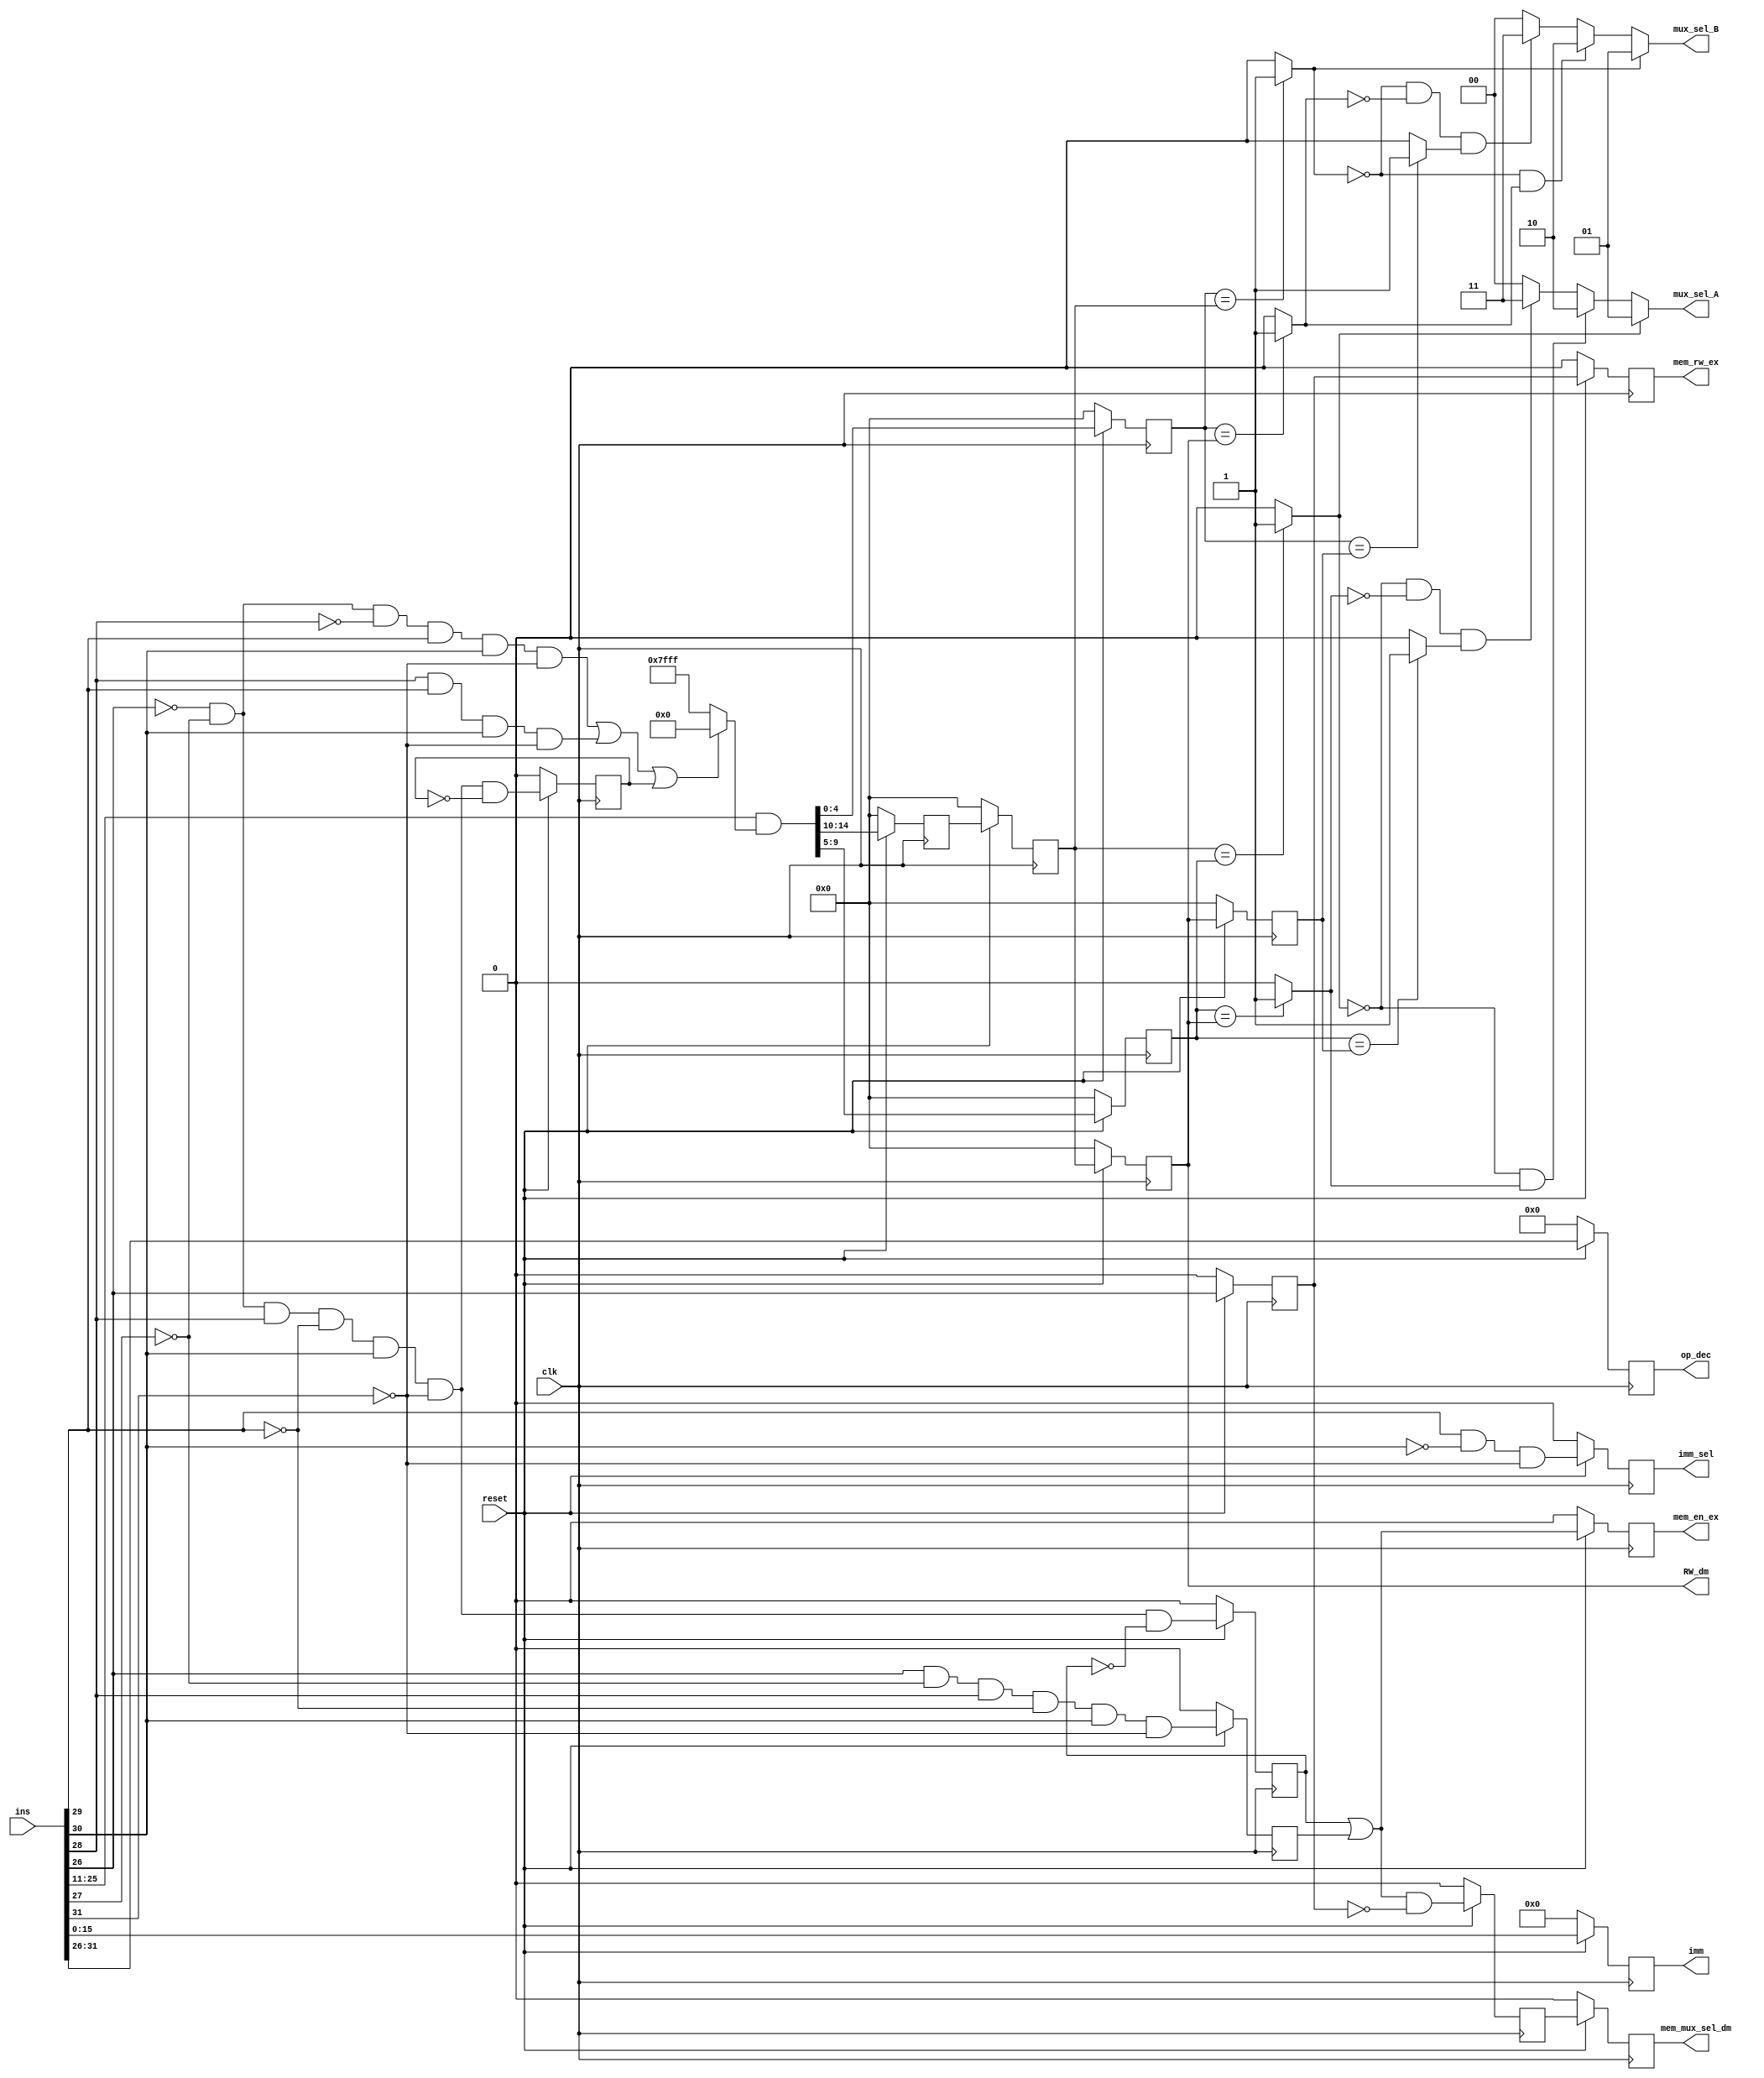
`timescale 1ns / 1ps
//////////////////////////////////////////////////////////////////////////////////
// Company: 
// Engineer: 
// 
// Design Name: 
// Module Name:    dependency_check_block 
// Project Name: 
// Target Devices: 
// Tool versions: 
// Description: 
//
// Dependencies: 
//
// Revision: 
// Revision 0.01 - File Created
// Additional Comments: 
//
//////////////////////////////////////////////////////////////////////////////////
module DC_Block(ins, clk, reset, imm, op_dec, RW_dm, mux_sel_A, mux_sel_B, imm_sel, mem_en_ex, mem_rw_ex, mem_mux_sel_dm );

input [31:0] ins;
input clk, reset;

output [15:0] imm;
output [4:0] RW_dm;
output [5:0] op_dec;
output [1:0] mux_sel_A, mux_sel_B;
output  imm_sel, mem_en_ex, mem_rw_ex, mem_mux_sel_dm ;

wire JMP, Cond_J, LD_fb, IMM, Ld, ST;
wire [14:0] a1;
wire a2,a3,a4,a5,a6,a7;
wire or1,or2;
wire [14:0] w1;
wire c1,c2,c3,c4,c5,c6;

reg d1, d2, d3, d4, d5, d6, d7, d8, d9;
reg [5:0]r1;
reg [15:0]r2;
reg [4:0]r3,r4,r5,r6,r7,r8;

assign JMP = ((~ins[26]) & (~ins[27]) & (~ins[28]) & (ins[29]) & (ins[30]) & (~ins[31]));
assign Cond_J = ((ins[28]) & (ins[29]) & (ins[30]) & (~ins[31]));
assign LD_fb = ((~ins[26]) & (~ins[27]) & (ins[28]) & (~ins[29]) & (ins[30]) & (~ins[31]) & (~d1));
assign IMM = ((ins[29]) & (~ins[30]) & (~ins[31]));
assign Ld = ((~ins[26]) & (~ins[27]) & (ins[28]) & (~ins[29]) & (ins[30]) & (~ins[31]));
assign ST = ((ins[26]) & (~ins[27]) & (ins[28]) & (~ins[29]) & (ins[30]) & (~ins[31]));

assign a2 = (Ld & (~d3));
assign or1 = (~(JMP | Cond_J | d1));
assign w1 = ((or1==1'b0)? 15'b000000000000000 : 15'b111111111111111);
assign a1 = ((ins[25:11]) & w1); 
assign or2 = (d3 | d4);
assign a3 = (or2 & (~d2));

assign c1= ((r6==r3) ? 1'b1 : 1'b0 );
assign c2= ((r3==r7) ? 1'b1 : 1'b0 );
assign c3= ((r3==r8) ? 1'b1 : 1'b0 );
assign c4= ((r5==r6) ? 1'b1 : 1'b0 );
assign c5= ((r5==r7) ? 1'b1 : 1'b0 );
assign c6= ((r5==r8) ? 1'b1 : 1'b0 );

assign a4 = ((~c1) & c2);
assign a5 = ((~c1) & (~c2) & c3);
assign a6 = ((~c4) & c5);
assign a7 = ((~c4) & (~c5) & c6);

always@(posedge clk)
begin
	if (reset==1'b1)
	    begin
		 d1<=LD_fb;
		 d2<=ins[26];
		 d3<=a2;
		 d4<=ST;
		 d5<=IMM;
		 d6<=d2;
		 d7<=a3;
		 d8<=or2;
		 d9<=d7;
		 r1<=ins[31:26];
		 r2<=ins[15:0];
		 r3<=a1[9:5];
		 r4<=a1[14:10];
		 r5<=a1[4:0];
		 r6<=r4;
		 r7<=r6;
		 r8<=r7;
		 
		 end
		 
   else
       begin
		 d1<=1'b0;
		 d2<=1'b0;
		 d3<=1'b0;
		 d4<=1'b0;
		 d5<=1'b0;
		 d6<=1'b0;
		 d7<=1'b0;
		 d8<=1'b0;
		 d9<=1'b0;
		 r1<=6'b0;
		 r2<=15'b0;
		 r3<=5'b0;
		 r4<=5'b0;
		 r5<=5'b0;
		 r6<=1'b0;
		 r7<=1'b0;
		 r8<=1'b0;
		 
		 end
end	

assign imm_sel = d5;
assign mem_rw_ex = d6;
assign mem_mux_sel_dm = d9;
assign mem_en_ex = d8;
assign op_dec=r1;
assign imm=r2;
assign RW_dm=r7;
assign mux_sel_A=(((c1==1'b1 ? 2'b01 : (a4==1'b1 ? 2'b10 :(a5==1'b1 ? 2'b11 : 2'b00)))));
assign mux_sel_B=(( (c4==1'b1 ? 2'b01 : (a6==1'b1 ? 2'b10 :(a7==1'b1 ? 2'b11 : 2'b00)))));



endmodule